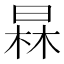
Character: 𣇰